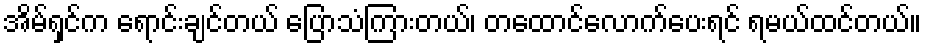
အိမ်ရှင်က ရောင်းချင်တယ် ပြောသံကြားတယ်၊ တထောင်လောက်ပေးရင် ရမယ်ထင်တယ်။